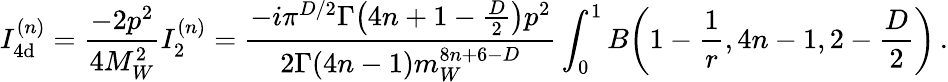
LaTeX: I_{4\mathrm{d}}^{(n)}=\frac{{-2p^{2}}}{{4M_{W}^{2}}}I_{2}^{(n)}=\frac{{-i\pi^{D/2}\Gamma\big(4n+1-\frac{{D}}{{2}}\big)p^{2}}}{{2\Gamma(4n-1)m_{W}^{8n+6-D}}}\int_{0}^{1}B\bigg(1-\frac{{1}}{{r}},4n-1,2-\frac{{D}}{{2}}\bigg)\, .